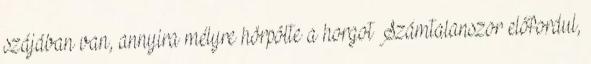
szájában van, annyira mélyre hörpölte a horgot Számtalanszor előfordul,